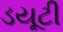
ડયૂટી